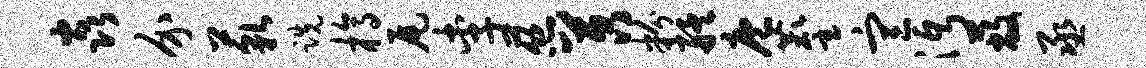
焱介藐跣槁尾李慈苕粉艋庖麈宣沔蔽丞